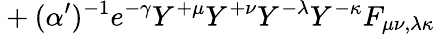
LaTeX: {}+(\alpha^{\prime})^{-1}e^{-\gamma}Y^{+\mu}Y^{+\nu}Y^{-\lambda}Y^{-\kappa}F_{\mu\nu,\lambda\kappa}